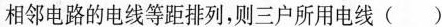
相邻电路的电线等距排列，则三户所用电线()